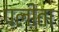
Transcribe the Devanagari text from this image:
पलीता